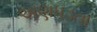
અણધડતા